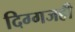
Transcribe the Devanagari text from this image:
दिग्गजही